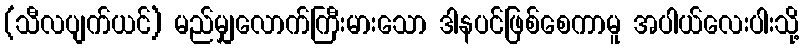
(သီလပျက်ယင်) မည်မျှလောက်ကြီးမားသော ဒါနပင်ဖြစ်စေကာမူ အပါယ်လေးပါးသို့